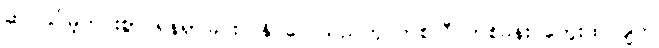
ဆင်ခြင်မဲ့ကင်းစွာ ရန်ရှာခြင်းပြုနိုင်လေသည်ဟု တစ်လီ တစ်ခန်း တွေးထင်ချက်